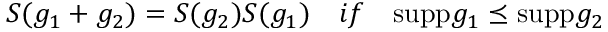
S ( g _ { 1 } + g _ { 2 } ) = S ( g _ { 2 } ) S ( g _ { 1 } ) \quad i f \quad \mathrm { s u p p } g _ { 1 } \preceq \mathrm { s u p p } g _ { 2 }